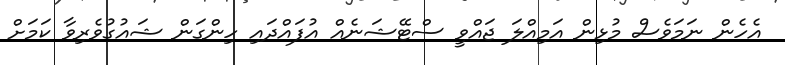
އެހެން ނަމަވެސް މުޅިން އަމިއްލަ ޖައްވީ ސްޓޭޝަނެއް އުފައްދައި ހިންގަން ޝައުގުވެރިވާ ކަމަށް